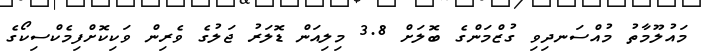
މައުލޫމާތު މުއްސަނދިވި ގުޒްމަންގެ ބޮލަށް 3.8 މިލިއަން ޑޮލަރު ޖަލުގެ ވެރިން ވަކިކޮށްފިމެކްސިކޯގެ